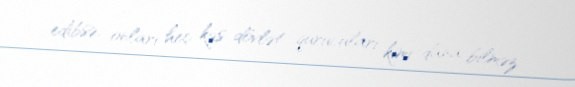
edibsə, onları heç kəs dövlət qurucuları kimi dana bilməz.